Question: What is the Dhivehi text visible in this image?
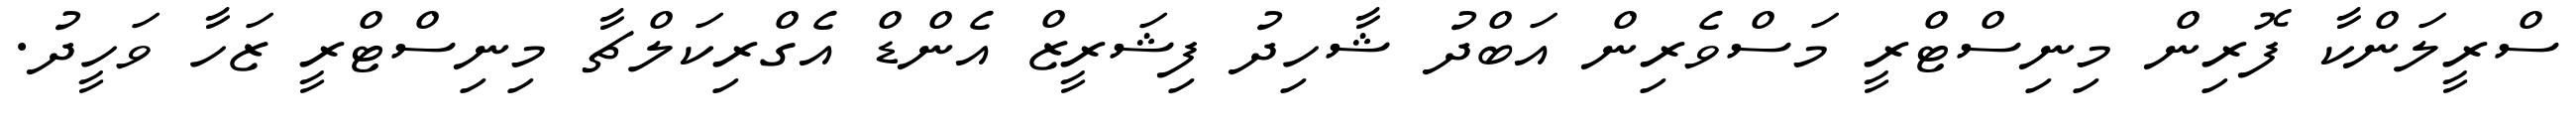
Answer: ސްރީލަންކާ ފޮރިން މިނިސްޓްރީ މަސްވެރިން އަބްދު ޝާހިދު ފިޝަރީޒް އެންޑް އެގްރިކަލްޗާ މިނިސްޓްރީ ޒަހާ ވަހީދު.